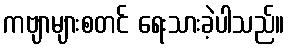
ကဗျာများစတင် ရေးသားခဲ့ပါသည်။